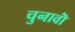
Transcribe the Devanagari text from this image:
चुनावॊं